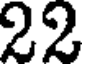
22